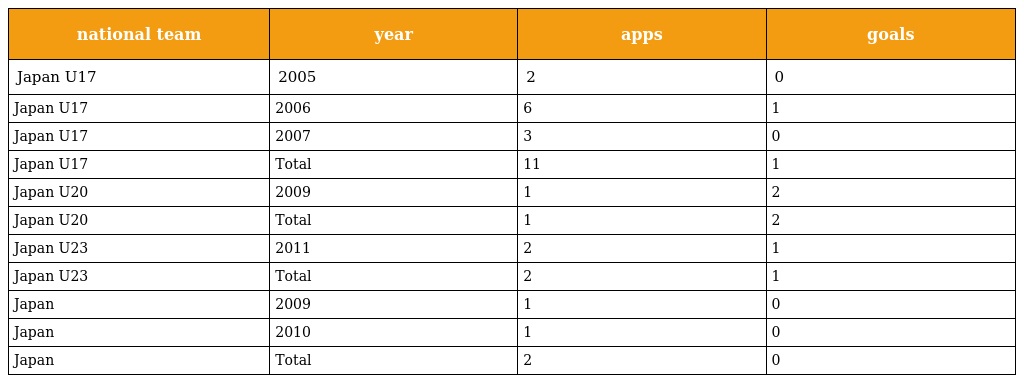
| national team | year | apps | goals |
 | --- | --- | --- | --- |
 | Japan U17 | 2005 | 2 | 0 |
 | Japan U17 | 2006 | 6 | 1 |
 | Japan U17 | 2007 | 3 | 0 |
 | Japan U17 | Total | 11 | 1 |
 | Japan U20 | 2009 | 1 | 2 |
 | Japan U20 | Total | 1 | 2 |
 | Japan U23 | 2011 | 2 | 1 |
 | Japan U23 | Total | 2 | 1 |
 | Japan | 2009 | 1 | 0 |
 | Japan | 2010 | 1 | 0 |
 | Japan | Total | 2 | 0 |